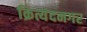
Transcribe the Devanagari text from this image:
क्रित्यंदनगर